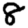
Digit: 8